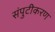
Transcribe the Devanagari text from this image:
संपुटीकरण